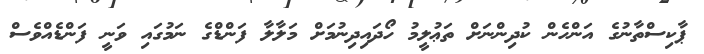
ޕާކިސްތާނުގެ އަންހެން ކުދިންނަށް ތަޢުލީމު ހޯދައިދިނުމަށް މަލާލާ ފަންޑްގެ ނަމުގައި ވަނީ ފަންޑެއްވެސް